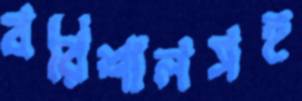
বরিশালসহ